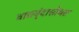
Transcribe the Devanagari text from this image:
वाद्यवृंदासोबत